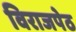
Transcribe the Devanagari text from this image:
विराजपेठ